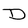
Character: D